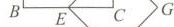
B E C G